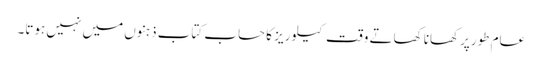
عام طورپرکھانا کھاتے وقت کیلوریز کا حساب کتاب ذہنوں میں نہیں ہوتا۔